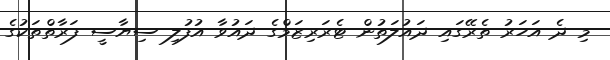
މި ދެ އަހަރު ތެރޭގައި ދައުލަތުން ޓެރަރިޒަމްގެ ދައުވާ އުފުލި ސިޔާސީ ފަރާތްތަކުގެ